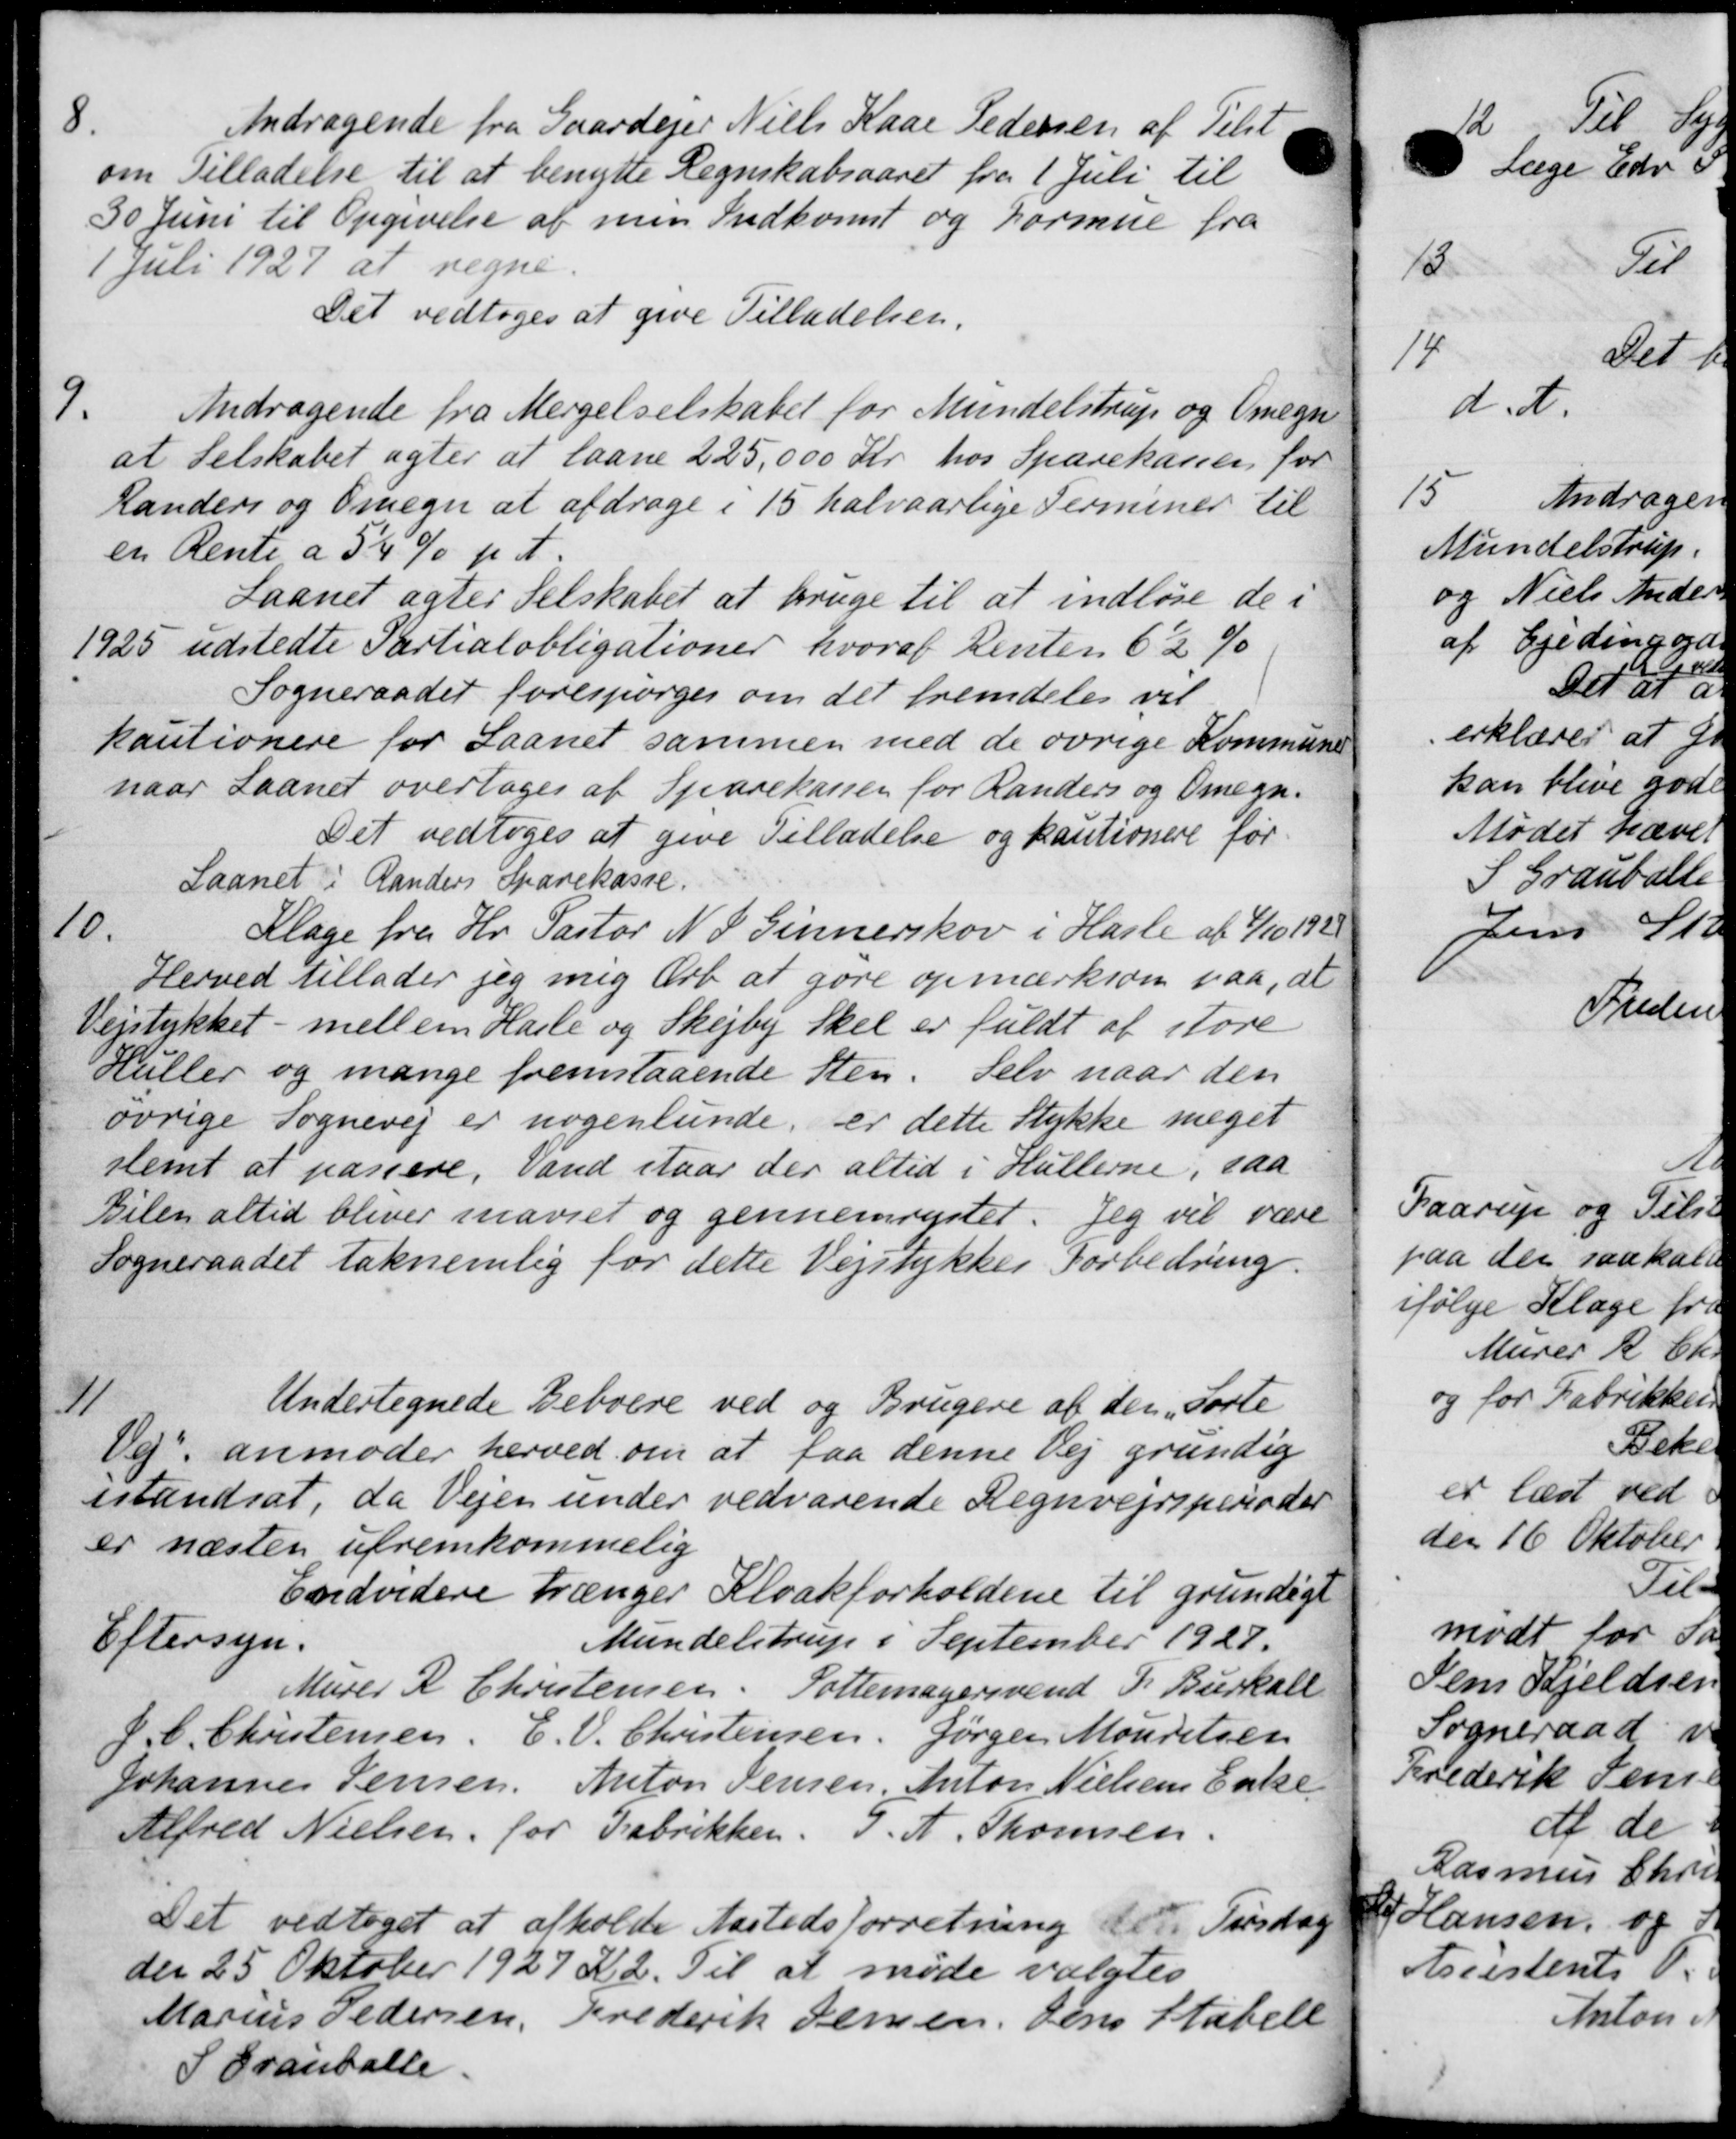
Transskription:
8.
Andragende fra Gaardejer Niels Kaar Pedersen af Tilst
om Tilladelse til at benytte Regnskabsaaret fra 1 Juli til
30 Juni til Opgivelse af men Indkomst og Formue fra
1 Juli 1927 at regne.
Det vedtoges at give Tilladelsen.
Andragende fra Mergelselskabet for Mundelstrup og Omegn
9.
at Selskabet agter at laane 225,000 Kr. hos Sparekassen for
Randers og Omegn at afdrage i 15 halvaarlige Terminer til
en Rente a 35 % p. A.
Laanet agter Selskabet at bruge til at indløse de i
1925 udstedte Partialobligationer, hvoraf Renten 6½ %
Sogneraadet forespørges om det fremdeles vil
kautionere for Laanet sammen med de øvrige Kommune
naar Laanet overtages af Sparekassen for Randers og Omegn.
Det vedtoges at give Tilladelse og kautionere for-
Laanet i Randers Sparekasse.
10.
Klage fra Hr. Pastor N. P. Ginnerskov i Hasle af 4/10 192
Herved tillader jeg mig Arb at gøre opmærksom paa, at
Vejstykket - mellem Hasle og Skejby Skel er fuldt at store
Huller og mange fremstaaende Sten. Selv naar den
øvrige Sognevej er nogenlunde, er dette Stykke meget
stemt at passere, Vand staar der altid i Hullerne, saa
Bilen altid bliver inaviet og gennemrestet. Jeg vil være
Sogneraadet taknemlig for dette Vejstykker Forbedring.
4
Undertegnede Beboere ved og Brugere af den "Forte
Oej, anmoder herved om at faa denne Vej grundig
istandsat, da Vejen under vedvarende Regnvejrsperioder
er næsten ufremkommelig
Endvidere trænger Kloakforholdene til grundigt
Eftersyn.
Mundelstrup i September 1927.
Murer R Christensen. Sottemagersvend P. Burkall
J. C. Christensen, C. V. Christensen, Jørgen Mouritsen
Johannes Jensen, Anton Jensen, Anton Nielsens Enke
Alfred Nielsen for Fabrikken. J. A. Thomsen.
Det vedtoges at afholde Aastedsforretning det Tirsdag
der 25 Oktober 1927 Kr. 2. Til at møde valgtes
Marius Pedersen, Frederik Jensen, Jens Habell
S Tranballe